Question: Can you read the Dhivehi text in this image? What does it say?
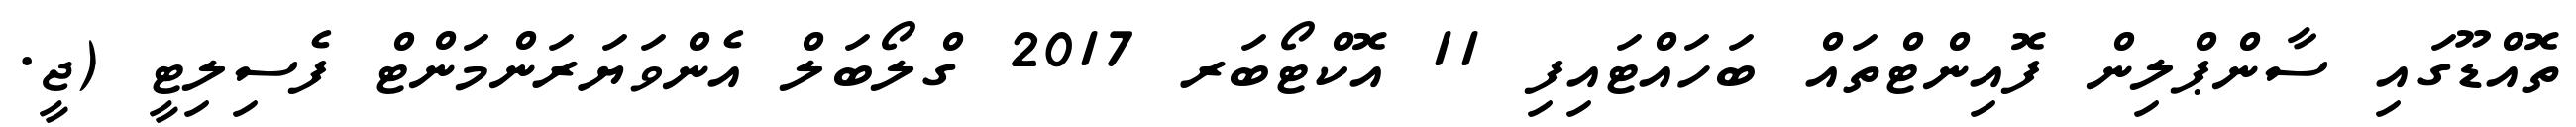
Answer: ތޮއްޑޫގައި ސާންޕްލިން ފޮއިންޓްތައް ބަހައްޓައިފި 11 އޮކްޓޯބަރ 2017 ގްލޯބަލް އެންވަޔަރަންމަންޓް ފެސިލިޓީ (ޖީ.